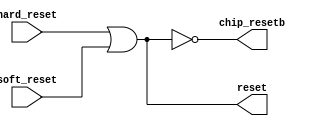
module ereset (/*AUTOARG*/
   // Outputs
   reset, chip_resetb,
   // Inputs
   hard_reset, soft_reset
   );

   //inputs
   input 	hard_reset;        // hardware reset from external block
   input 	soft_reset;        // soft reset drive by register (level)

   //outputs
   output 	reset;             //reset for elink
   output       chip_resetb;      //reset for epiphany
 
   //Reset for link logic
   assign reset    = hard_reset | soft_reset;

   //May become more sophisticated later..
   //(for example, for epiphany reset, you might want to include some
   //some hard coded logic to avoid reset edge errata)
   //also, for multi chip boards, since the coordinates are sampled on
   //the rising edge of chip_resetb it may be beneficial to have one
   //reset per chip and to stagger the 

   assign chip_resetb   = ~(hard_reset | soft_reset); 
   
endmodule